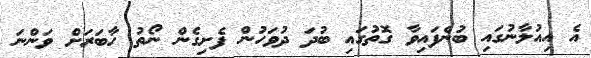
އެ އިއުލާނުގައި ބުނެފައިވާ ގޮތުގައި ބުދަ ދުވަހުން ފެށިގެން ނޯތު ހާބަރަށް ވަންނަ